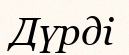
Дүрді